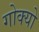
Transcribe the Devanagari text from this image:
गोक्यो